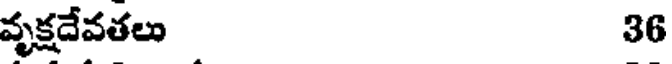
వృక్షదేవతలు 36